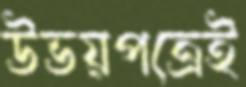
উভয়পত্রেই